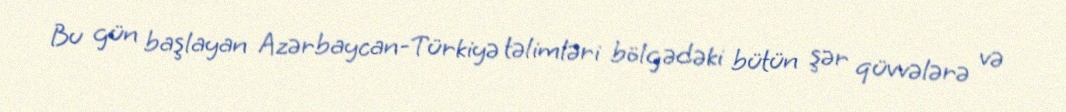
Bu gün başlayan Azərbaycan-Türkiyə təlimləri bölgədəki bütün şər qüvvələrə və